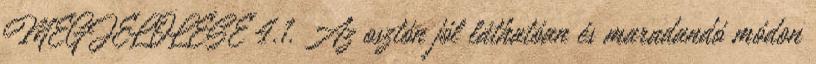
MEGJELÖLÉSE 4.1. Az osztón jól láthatóan és maradandó módon